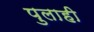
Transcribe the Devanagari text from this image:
पुलाही